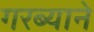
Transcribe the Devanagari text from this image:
गरब्याने